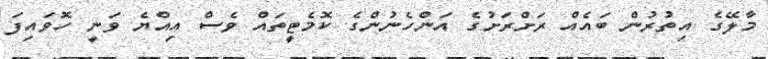
މާލޭގެ އިތުރުން ބައެއް ރަށްރަށުގެ އަންހެނުންގެ ކޮމެޓީތައް ވެސް އިއްޔެ ވަނީ ހޮވައިފަ